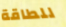
للطاقة